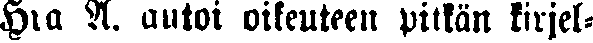
Hra A. antoi oikeuteen pitkän kirjel-